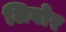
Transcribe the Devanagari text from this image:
लिबोर